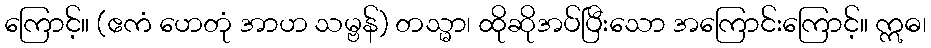
ကြောင့်။ (ဧကံ ဟေတုံ အာဟ သမ္ဗန်) တသ္မာ၊ ထိုဆိုအပ်ပြီးသော အကြောင်းကြောင့်။ ဣဓ၊